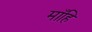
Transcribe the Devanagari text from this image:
माँहि